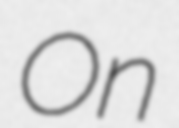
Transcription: On